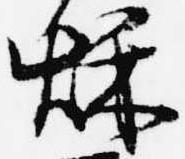
秋